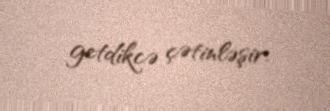
getdikcə çətinləşir.